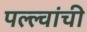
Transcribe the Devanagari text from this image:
पल्ल्वांची